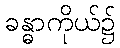
ခန္ဓာကိုယ်၌